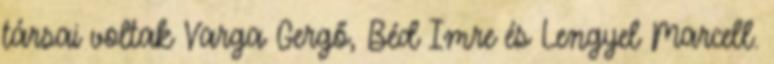
társai voltak Varga Gergő, Béd Imre és Lengyel Marcell.